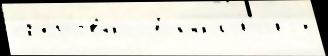
ср'е́дства  7 нал'и́чиjу